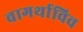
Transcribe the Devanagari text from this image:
वागर्थाविव